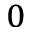
_ 0